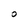
Character: O